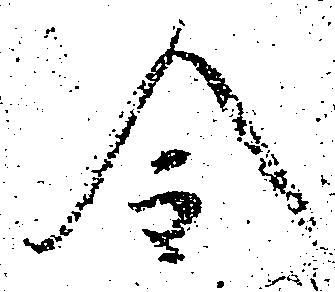
令